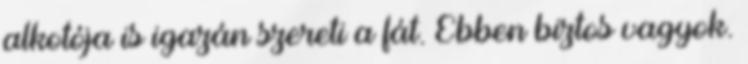
alkotója is igazán szereti a fát. Ebben biztos vagyok.